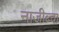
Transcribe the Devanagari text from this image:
नाजीब्चा